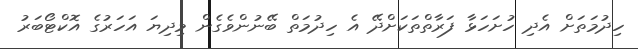
ހިދުމަތަށް އެދި ހުށަހަޅާ ފަރާތްތަކަށްދޭ އެ ހިދުމަތް ބޭނުންވެގެން މިދިޔަ އަހަރުގެ އޮކްޓޯބަރު